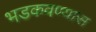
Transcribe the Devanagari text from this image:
भडकवण्यास